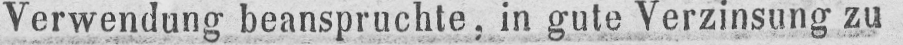
Verwendung beanspruchte, in gute Verzinsung zu